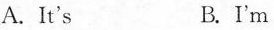
A. It's B.I'm